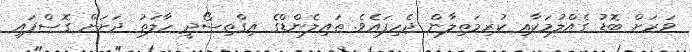
ވަރަށް ބޮޑު ގެއްލުމަކާއި ކުރިމަތިލާން ޖެހިފައެވެ. ތައިލެންޑްގެ އިގްތިސޯދީ ހާލަތު ދަށަށް ގޮސްފައި